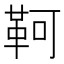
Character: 𩊆